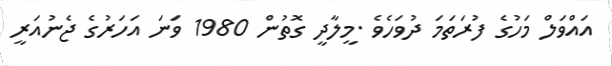
އައްވަލް މަހުގެ ފުރަތަމަ ދުވަހެވެ .މީލާދީ ގޮތުން 1980 ވަނަ އަހަރުގެ ޖެނުއަރީ